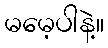
မမေ့ပါနဲ့။